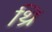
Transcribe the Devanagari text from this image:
थ्रि